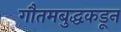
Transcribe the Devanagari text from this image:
गौतमबुद्धकडून